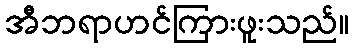
အီဘရာဟင်ကြားဖူးသည်။